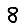
Digit: 8